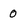
Character: o